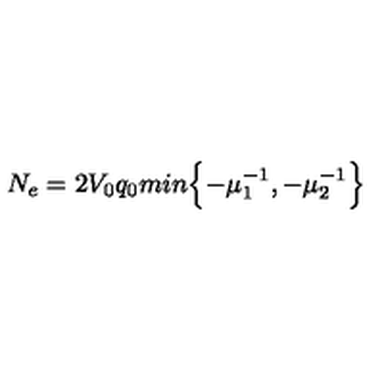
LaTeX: N _ { e } = 2 V _ { 0 } q _ { 0 } m i n \Bigl \{ - \mu _ { 1 } ^ { - 1 } , - \mu _ { 2 } ^ { - 1 } \Bigr \}